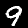
Digit: 9